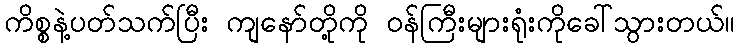
ကိစ္စနဲ့ပတ်သက်ပြီး ကျနော်တို့ကို ဝန်ကြီးများရုံးကိုခေါ်သွားတယ်။